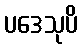
ပဒေသုပိ